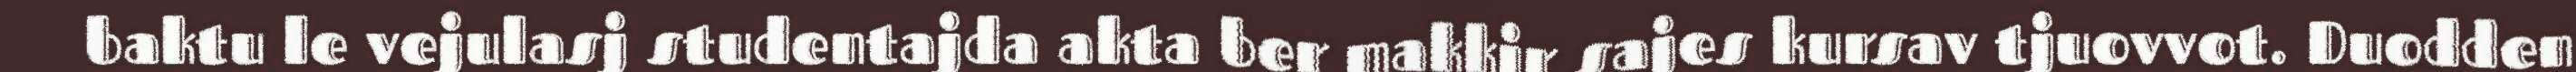
baktu le vejulasj studentajda akta ber makkir sajes kursav tjuovvot. Duodden